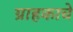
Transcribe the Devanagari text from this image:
ग्राहकाचे